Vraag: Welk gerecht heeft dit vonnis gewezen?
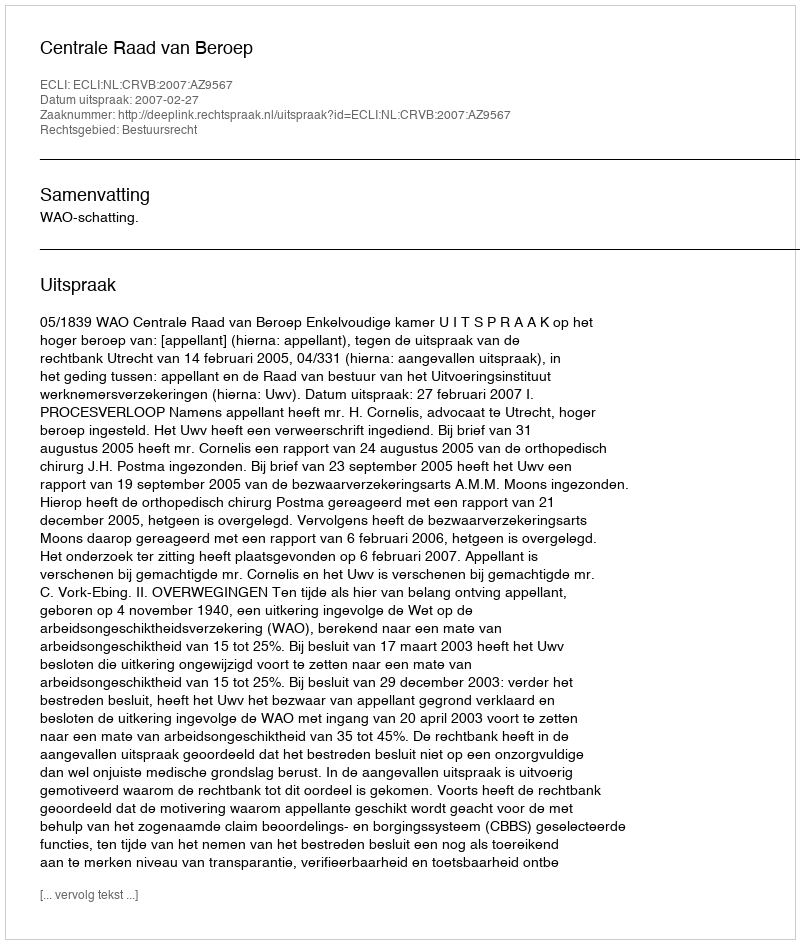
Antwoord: Centrale Raad van Beroep